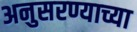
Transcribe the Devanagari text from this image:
अनुसरण्याच्या